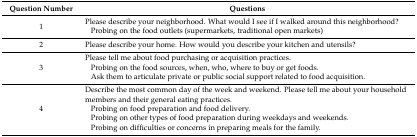
| Question Number | Questions |
 | --- | --- |
 | 1 | Please describe your neighborhood. What would I see if I walked around this neighborhood?Probing on the food outlets (supermarkets, traditional open markets) |
 | 2 | Please describe your home. How would you describe your kitchen and utensils? |
 | 3 | Please tell me about food purchasing or acquisition practices.Probing on the food sources, when, who, where to buy or get foods.Ask them to articulate private or public social support related to food acquisition. |
 | 4 | Describe the most common day of the week and weekend. Please tell me about your household members and their general eating practices.Probing on food preparation and food delivery.Probing on other types of food preparation during weekdays and weekends.Probing on difficulties or concerns in preparing meals for the family. |